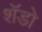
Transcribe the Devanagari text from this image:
शॅडो